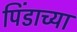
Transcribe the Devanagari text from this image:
पिंडाच्या